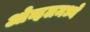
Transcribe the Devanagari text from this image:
ओव्हलमध्ये